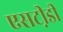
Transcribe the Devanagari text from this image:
एसटी़डी